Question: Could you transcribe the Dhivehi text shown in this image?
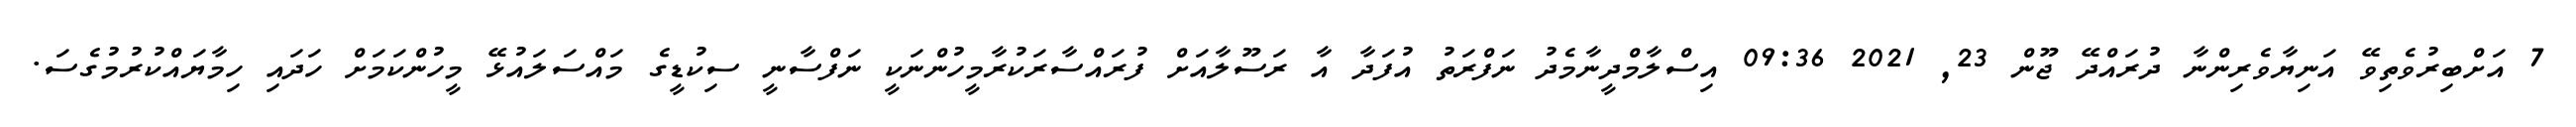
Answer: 7 އަށްބިރުވެތިވޭ އަނިޔާވެރިންނާ ދުރައްދޭ ޖޫން 23, 2021 09:36 އިސްލާމްދީނާމެދު ނަފްރަތު އުފަދާ އާ ރަސޫލާއަށް ފުރައްސާރަކުރާމީހުންނަކީ ނަފްސާނީ ސިކުޑީގެ މައްސަލައުޅޭ މީހުންކަމަށް ހަދައި ހިމާޔައްކުރުމުގެސަ.